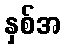
နှစ်အ